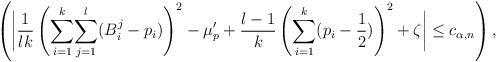
LaTeX: \begin{align*} \left( \bigg| \frac{1}{lk} \left( \underset{i=1}{\overset{k}{\sum}}\underset{j=1}{\overset{l}{\sum}} (B^j_i - p_i) \right)^2 - \mu_p' + \frac{l-1}{k}\left( \underset{i=1}{\overset{k}{\sum}} (p_i - \frac{1}{2}) \right)^2 + \zeta \bigg| \leq c_{\alpha,n} \right), \end{align*}